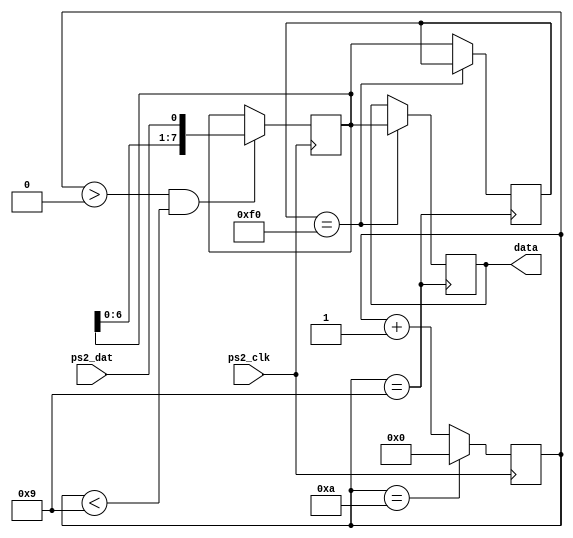

module ps2(    
  input ps2_clk, // -> from ps/2
  input ps2_dat, // -> from ps/2
  output reg [7:0] data // full byte
);

reg [3:0] counter;
reg [7:0] sr, prv;
wire brk = counter == 4'd9;

always @(negedge ps2_clk)
  if (counter == 4'd10)
    counter <= 4'd0;
  else
    counter <= counter + 4'b1;

always @(negedge ps2_clk)
  if (counter > 0 && counter < 4'd9)
    sr <= { sr[6:0], ps2_dat };

always @(posedge brk)
  if (prv == 8'hf0)
    data <= sr;
  else
    prv <= sr;

endmodule